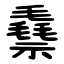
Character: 䄟